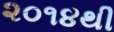
૨૦૧૪થી